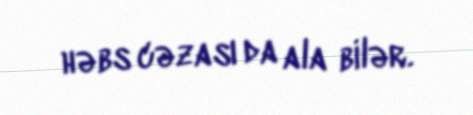
həbs cəzası da ala bilər.